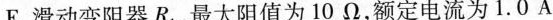
E.滑动变阻器R1，最大阻值为10Ω，额定电流为1.0A